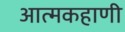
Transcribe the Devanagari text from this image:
आत्मकहाणी